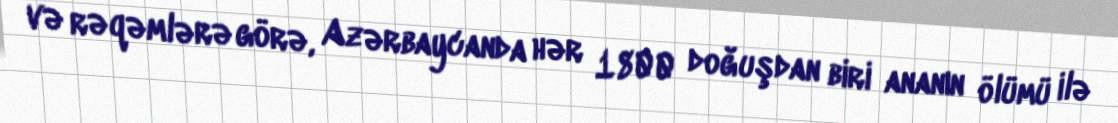
və rəqəmlərə görə, Azərbaycanda hər 1800 doğuşdan biri ananın ölümü ilə